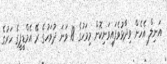
އަނިލް އެހެން ވިދާޅުވެފައިވަނިކޮށް މިމަހުގެ 18 ވަނަ ދުވަހުގެ ރޭ އެމްޑީޕީގެ ހަރުގެ